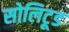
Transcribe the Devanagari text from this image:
सोलिटूड